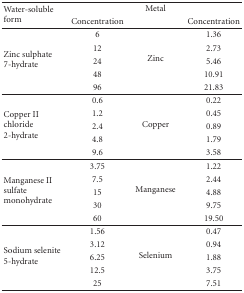
<table><thead><tr><td rowspan="2"><b>Water-soluble form</b></td><td></td><td><b>Metal</b></td><td></td></tr><tr><td><b>Concentration</b></td><td></td><td><b>Concentration</b></td></tr></thead><tbody><tr><td rowspan="5">Zinc sulphate 7-hydrate</td><td>6</td><td rowspan="5">Zinc</td><td>1.36</td></tr><tr><td>12</td><td>2.73</td></tr><tr><td>24</td><td>5.46</td></tr><tr><td>48</td><td>10.91</td></tr><tr><td>96</td><td>21.83</td></tr><tr><td rowspan="5">Copper II chloride 2-hydrate</td><td>0.6</td><td rowspan="5">Copper</td><td>0.22</td></tr><tr><td>1.2</td><td>0.45</td></tr><tr><td>2.4</td><td>0.89</td></tr><tr><td>4.8</td><td>1.79</td></tr><tr><td>9.6</td><td>3.58</td></tr><tr><td rowspan="5">Manganese II sulfate monohydrate</td><td>3.75</td><td rowspan="5">Manganese</td><td>1.22</td></tr><tr><td>7.5</td><td>2.44</td></tr><tr><td>15</td><td>4.88</td></tr><tr><td>30</td><td>9.75</td></tr><tr><td>60</td><td>19.50</td></tr><tr><td rowspan="5">Sodium selenite 5-hydrate</td><td>1.56</td><td rowspan="5">Selenium</td><td>0.47</td></tr><tr><td>3.12</td><td>0.94</td></tr><tr><td>6.25</td><td>1.88</td></tr><tr><td>12.5</td><td>3.75</td></tr><tr><td>25</td><td>7.51</td></tr></tbody></table>